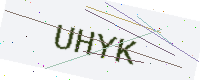
Text: UHYK